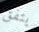
يتفق